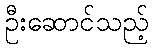
ဦးဆောင်သည့်